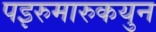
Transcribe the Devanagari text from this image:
पइरुमारुकयुन